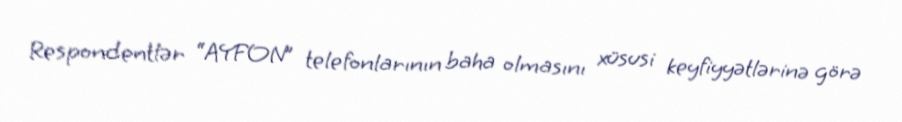
Respondentlər “AYFON” telefonlarının baha olmasını xüsusi keyfiyyətlərinə görə